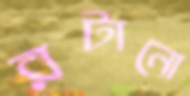
রটানো